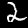
Digit: 2